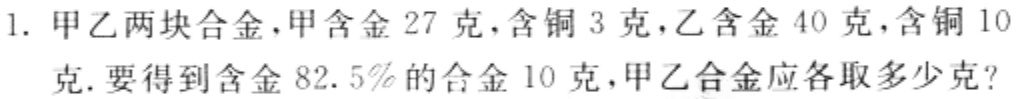
1. 甲乙两块合金，甲含金27克，含铜3克，乙含金40克，含铜10克. 要得到含金82.5%的合金10克，甲乙合金应各取多少克？